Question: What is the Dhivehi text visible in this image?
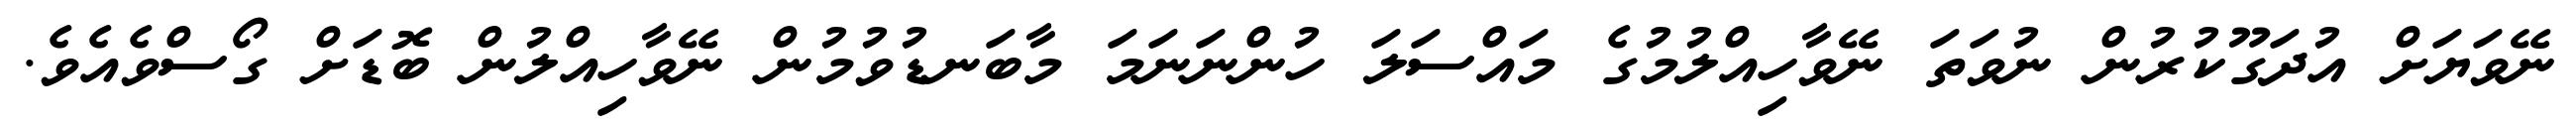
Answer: ނޭވަޔަށް އުދަގޫކުރުން ނުވަތަ ނޭވާހިއްލުމުގެ މައްސަލަ ހުންނަނަމަ މާބަނޑުވުމުން ނޭވާހިއްލުން ބޮޑަށް ގޯސްވެއެވެ.